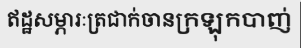
ឥដ្ឋសម្ភារៈត្រជាក់ចានក្រឡុកបាញ់